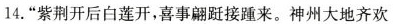
14.”紫荆开后白莲开，喜事翩跹接踵来。神州大地齐欢